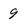
Character: 9